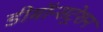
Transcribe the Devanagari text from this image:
डीमॉन्सट्रेशन